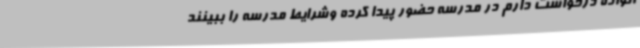
انواده درخواست دارم در مدرسه حضور پیدا کرده وشرایط مدرسه را ببینند